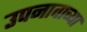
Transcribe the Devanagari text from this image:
उपनावाच्या